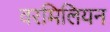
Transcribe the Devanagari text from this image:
वरमिलियन